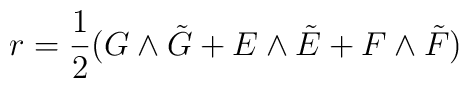
r={1\over 2}(G\wedge\tilde G+E\wedge\tilde E+F\wedge\tilde F)